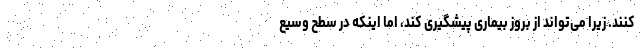
کنند. زیرا می‌تواند از بروز بیماری پیشگیری کند، اما اینکه در سطح وسیع